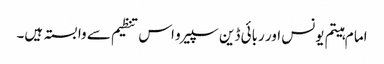
اما م ہیتم یونس اور ربائی ڈین سپیرو اس تنظیم سے وابستہ ہیں۔